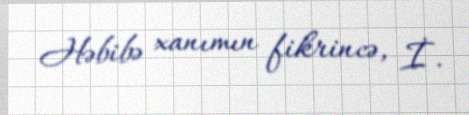
Həbibə xanımın fikrincə, İ.